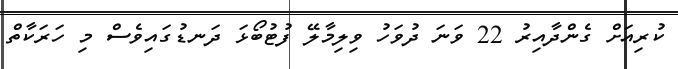
ކުރިއަށް ގެންދާއިރު 22 ވަނަ ދުވަހު ވިލިމާލޭ ފުޓުބޯޅަ ދަނޑުގައިވެސް މި ހަރަކާތް